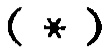
(\*)